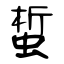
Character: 蜤